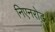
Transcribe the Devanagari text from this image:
निएनरोड